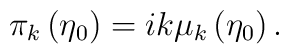
\pi _{k}\left( \eta _{0}\right) =ik\mu _{k}\left( \eta _{0}\right) .